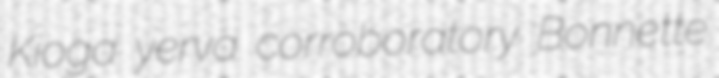
Kioga yerva corroboratory Bonnette